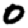
Digit: 0